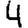
Digit: 4